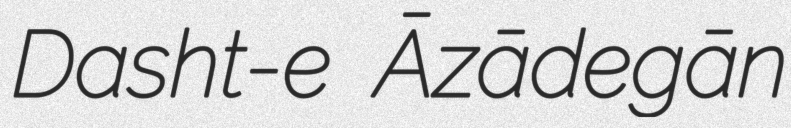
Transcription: Dasht-e Āzādegān